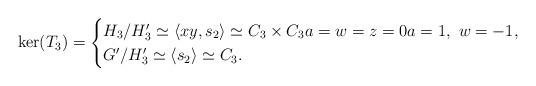
LaTeX: \begin{align*}\ker(T_3)=\begin{cases}H_3/H_3^\prime\simeq\langle xy,s_2\rangle\simeq C_3\times C_3 a=w=z=0 a=1,\ w=-1, \\G^\prime/H_3^\prime\simeq\langle s_2\rangle\simeq C_3 .\end{cases}\end{align*}